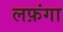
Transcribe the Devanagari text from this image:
लफ़ंगा